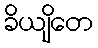
ခိယျိတေ